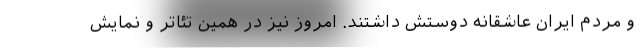
و مردم ایران عاشقانه دوستش داشتند. امروز نیز در همین تئاتر و نمایش